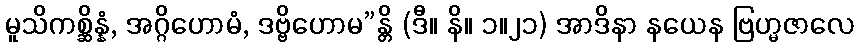
မူသိကစ္ဆိန္နံ, အဂ္ဂိဟောမံ, ဒဗ္ဗိဟောမ”န္တိ (ဒီ။ နိ။ ၁။၂၁) အာဒိနာ နယေန ဗြဟ္မဇာလေ